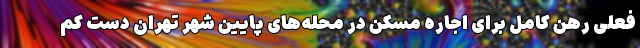
فعلی رهن کامل برای اجاره مسکن در محله‌های پایین شهر تهران دستِ کم